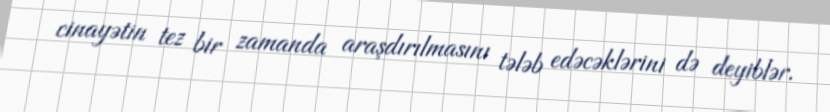
cinayətin tez bir zamanda araşdırılmasını tələb edəcəklərini də deyiblər.